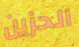
الحزين